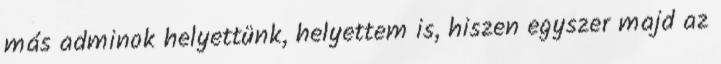
más adminok helyettünk, helyettem is, hiszen egyszer majd az